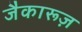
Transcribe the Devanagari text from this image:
जैकारूज़